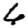
Digit: 6